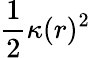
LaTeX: \frac{1}{2}\kappa(r)^{2}